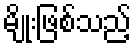
မျိုးဖြစ်သည့်